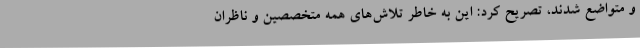
و متواضع شدند، تصریح کرد: این به خاطر تلاش‌های همه متخصصین و ناظران